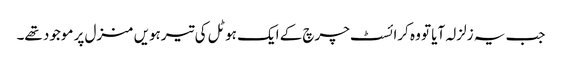
جب یہ زلزلہ آیا تو وہ کرائسٹ چرچ کے ایک ہوٹل کی تیرہویں منزل پر موجود تھے۔